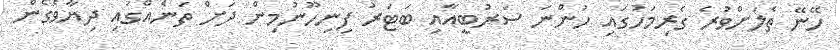
ހޭނޭ ތެލަށްވުރެ ގެރިމަހުގައި ހުންނަ ސަރުބީއާއި ބަޓަރު ފިނިހޫނުމިން ދަށް ތަނެއްގައި ދިޔާވެގެން